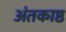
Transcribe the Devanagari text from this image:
अंतकाष्ठ